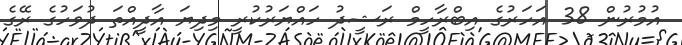
އުމުރުން 38 އަހަރުގެ އިބްރާހީމް ރަޝީދު ހައްޔަރުކުރީ މިދިޔަ އާދީއްތަ ދުވަހުގެ ރޭގެ